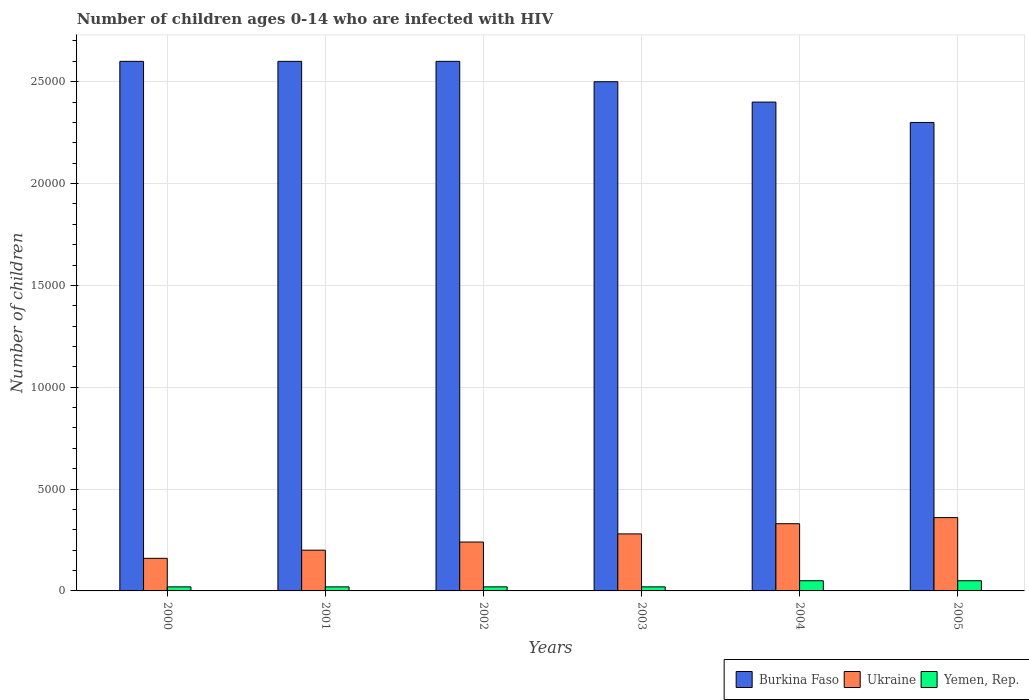
| Years | Burkina Faso | Ukraine | Yemen, Rep. |
 | --- | --- | --- | --- |
 | 2000 | 2.6e+04 | 1.6e+03 | 200 |
 | 2001 | 2.6e+04 | 2e+03 | 200 |
 | 2002 | 2.6e+04 | 2.4e+03 | 200 |
 | 2003 | 2.5e+04 | 2.8e+03 | 200 |
 | 2004 | 2.4e+04 | 3.3e+03 | 500 |
 | 2005 | 2.3e+04 | 3.6e+03 | 500 |